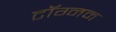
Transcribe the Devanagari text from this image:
टॉग्नम